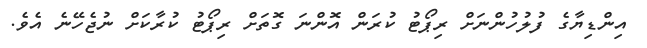
އިންޑިޔާގެ ފުލުހުންނަށް ރިޕޯޓު ކުރަން އޮންނަ ގޮތަށް ރިޕޯޓު ކުރާކަށް ނުޖެހޭނެ އެވެ.